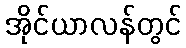
အိုင်ယာလန်တွင်